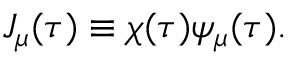
{ \cal J } _ { \mu } ( \tau ) \equiv \chi ( \tau ) \psi _ { \mu } ( \tau ) .